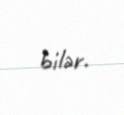
bilər.